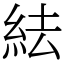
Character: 紶